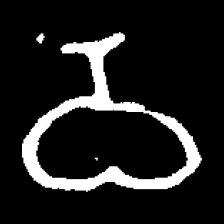
Pyu character \u2014 Myanmar letter: ဝ (romanized: wa)